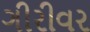
ગીરીવર